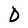
Character: D